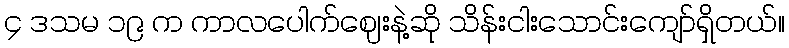
၄ ဒသမ ၁၉ က ကာလပေါက်ဈေးနဲ့ဆို သိန်းငါးသောင်းကျော်ရှိတယ်။